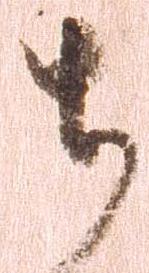
ち